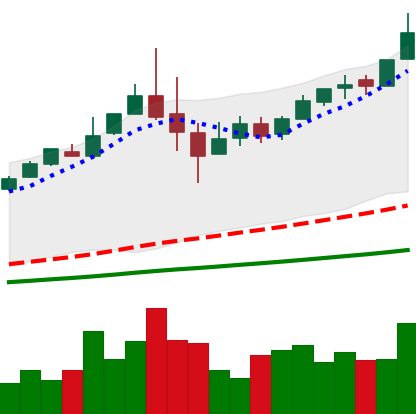
Ticker: BTC-USD
Chart end date: 2017-06-06
Forward return: 3.315%
Label: up_3_5